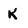
Character: k